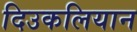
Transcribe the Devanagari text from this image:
दिउकलियान